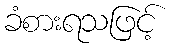
ခံစားရသဖြင့်